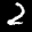
Label: 2